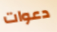
دعوات